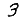
Digit: 3